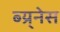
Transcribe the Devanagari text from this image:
ब्य्र्नेस